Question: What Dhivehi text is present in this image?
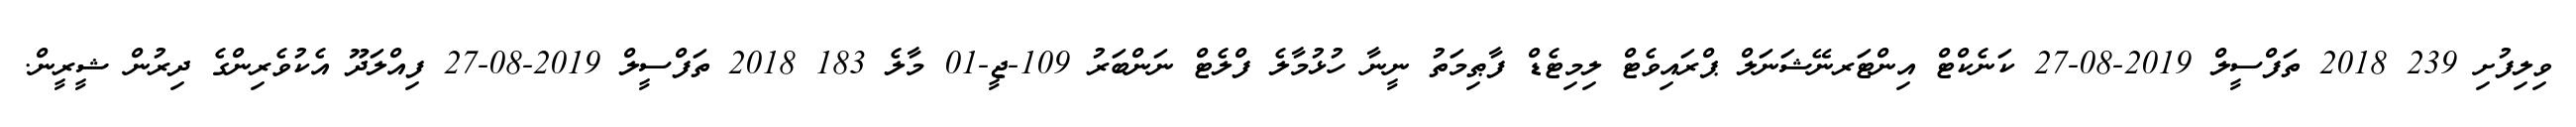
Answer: ވިލިފުށި 239 2018 ތަފްސީލް 2019-08-27 ކަނެކްޓް އިންޓަރނޭޝަނަލް ޕްރައިވެޓް ލިމިޓެޑް ފާޠިމަތު ނީނާ ހުޅުމާލެ ފްލެޓް ނަންބަރު 109-ޖީ-01 މާލެ 183 2018 ތަފްސީލް 2019-08-27 ފިއްލަދޫ އެކުވެރިންގެ ދިރުން ޝީރީން.